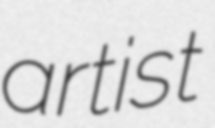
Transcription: artist